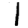
Digit: 1